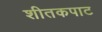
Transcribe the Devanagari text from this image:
शीतकपाट